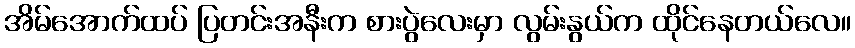
အိမ်အောက်ထပ် ပြတင်းအနီးက စားပွဲလေးမှာ လွမ်းနွယ်က ထိုင်နေတယ်လေ။